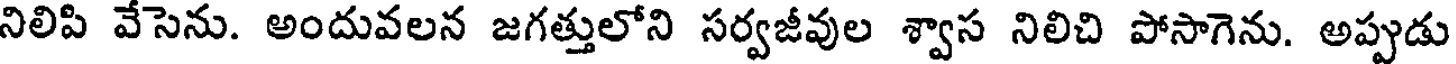
నిలిపి వేసెను. అందువలన జగత్తులోని సర్వజీవుల శ్వాస నిలిచి పోసాగెను. అప్పుడు